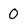
Character: 0